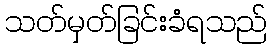
သတ်မှတ်ခြင်းခံရသည်